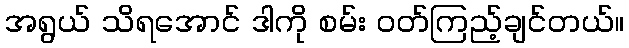
အရွယ် သိရအောင် ဒါကို စမ်း ဝတ်ကြည့်ချင်တယ်။